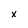
Character: x